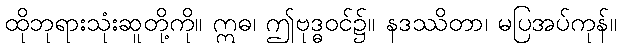
ထိုဘုရားသုံးဆူတို့ကို။ ဣဓ၊ ဤဗုဒ္ဓဝင်၌။ နဒဿိတာ၊ မပြအပ်ကုန်။